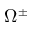
\Omega ^ { \pm }